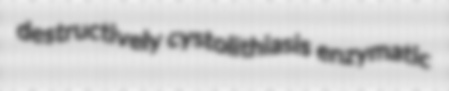
destructively cystolithiasis enzymatic